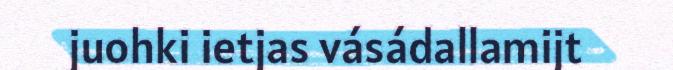
juohki ietjas vásádallamijt